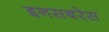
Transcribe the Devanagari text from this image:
इनसबरेस